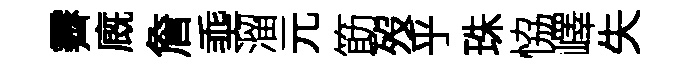
霽廐詹埀溜元筯歿乎珠恊嶧失